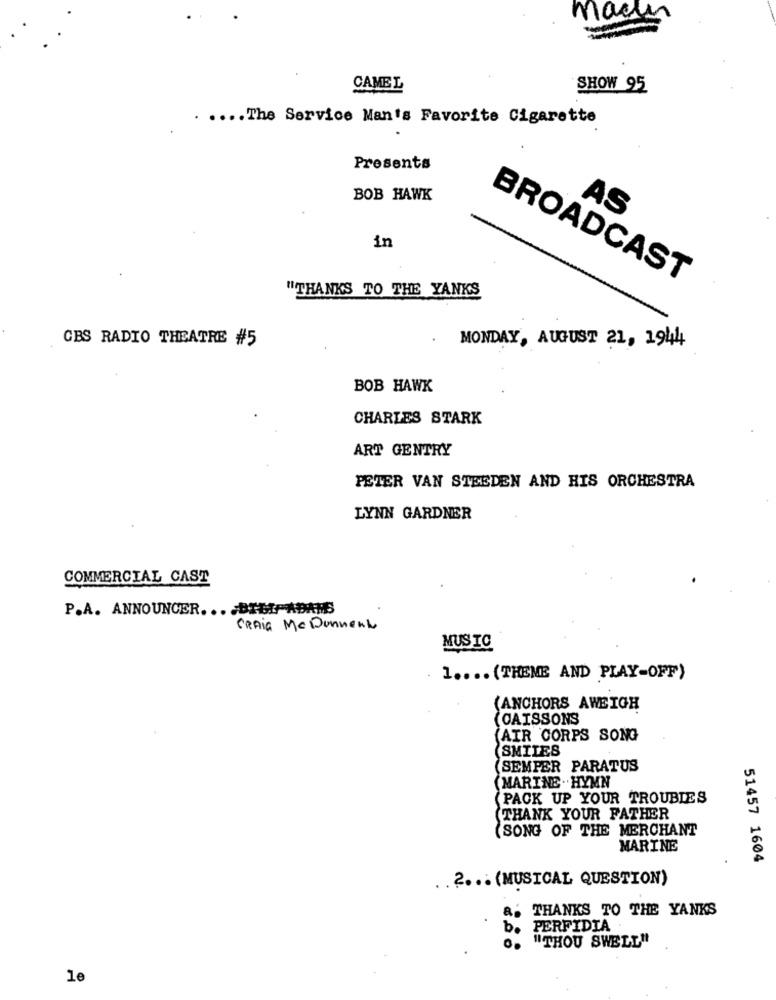
macun
CAMEL
SHOW 95
.... The Service Man's Favorite Cigarette
Presents
BOB HAWK
AS
in
BROADCAST
"THANKS TO THE YANKS
CBS RADIO THEATRE #5
MONDAY, AUGUST 21, 1944
BOB HAWK
CHARLES STARK
ART GENTRY
PETER VAN STEEDEN AND HIS ORCHESTRA
LYNN GARDNER
COMMERCIAL CAST
P.A. ANNOUNCER ... BEEFADAMS
CRAIG Me Donnent
MUSIC
. 1 .... (THEME AND PLAY-OFF)
(ANCHORS AWEIGH
( CAISSONS
(AIR CORPS SONG
(SMILES
(SEMPER PARATUS
(MARINE .HYMN
(PACK UP YOUR TROUBLES
THANK YOUR FATHER
(SONG OF THE MERCHANT
MARINE
51457 1604
.2 ... (MUSICAL QUESTION)
THANKS TO THE YANKS
be
PERFIDIA
"THOU SWELL"
le